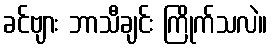
ခင်ဗျား ဘာသီချင်း ကြိုက်သလဲ။